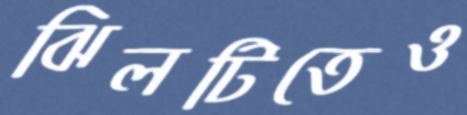
ঝিলটিতেও